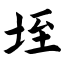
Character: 垤